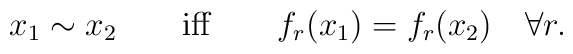
x_1\sim x_2\qquad {\rm iff} \qquad f_r(x_1)=f_r(x_2)\quad \forall r.